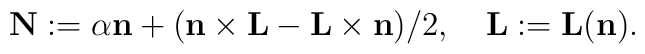
{\bf N}:=\alpha{\bf n}+({\bf n}\times{\bf L}-{\bf L}\times{\bf n})/2,\quad{\bf L}:={\bf L}({\bf n}).